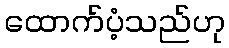
ထောက်ပံ့သည်ဟု